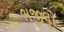
ભજીલો